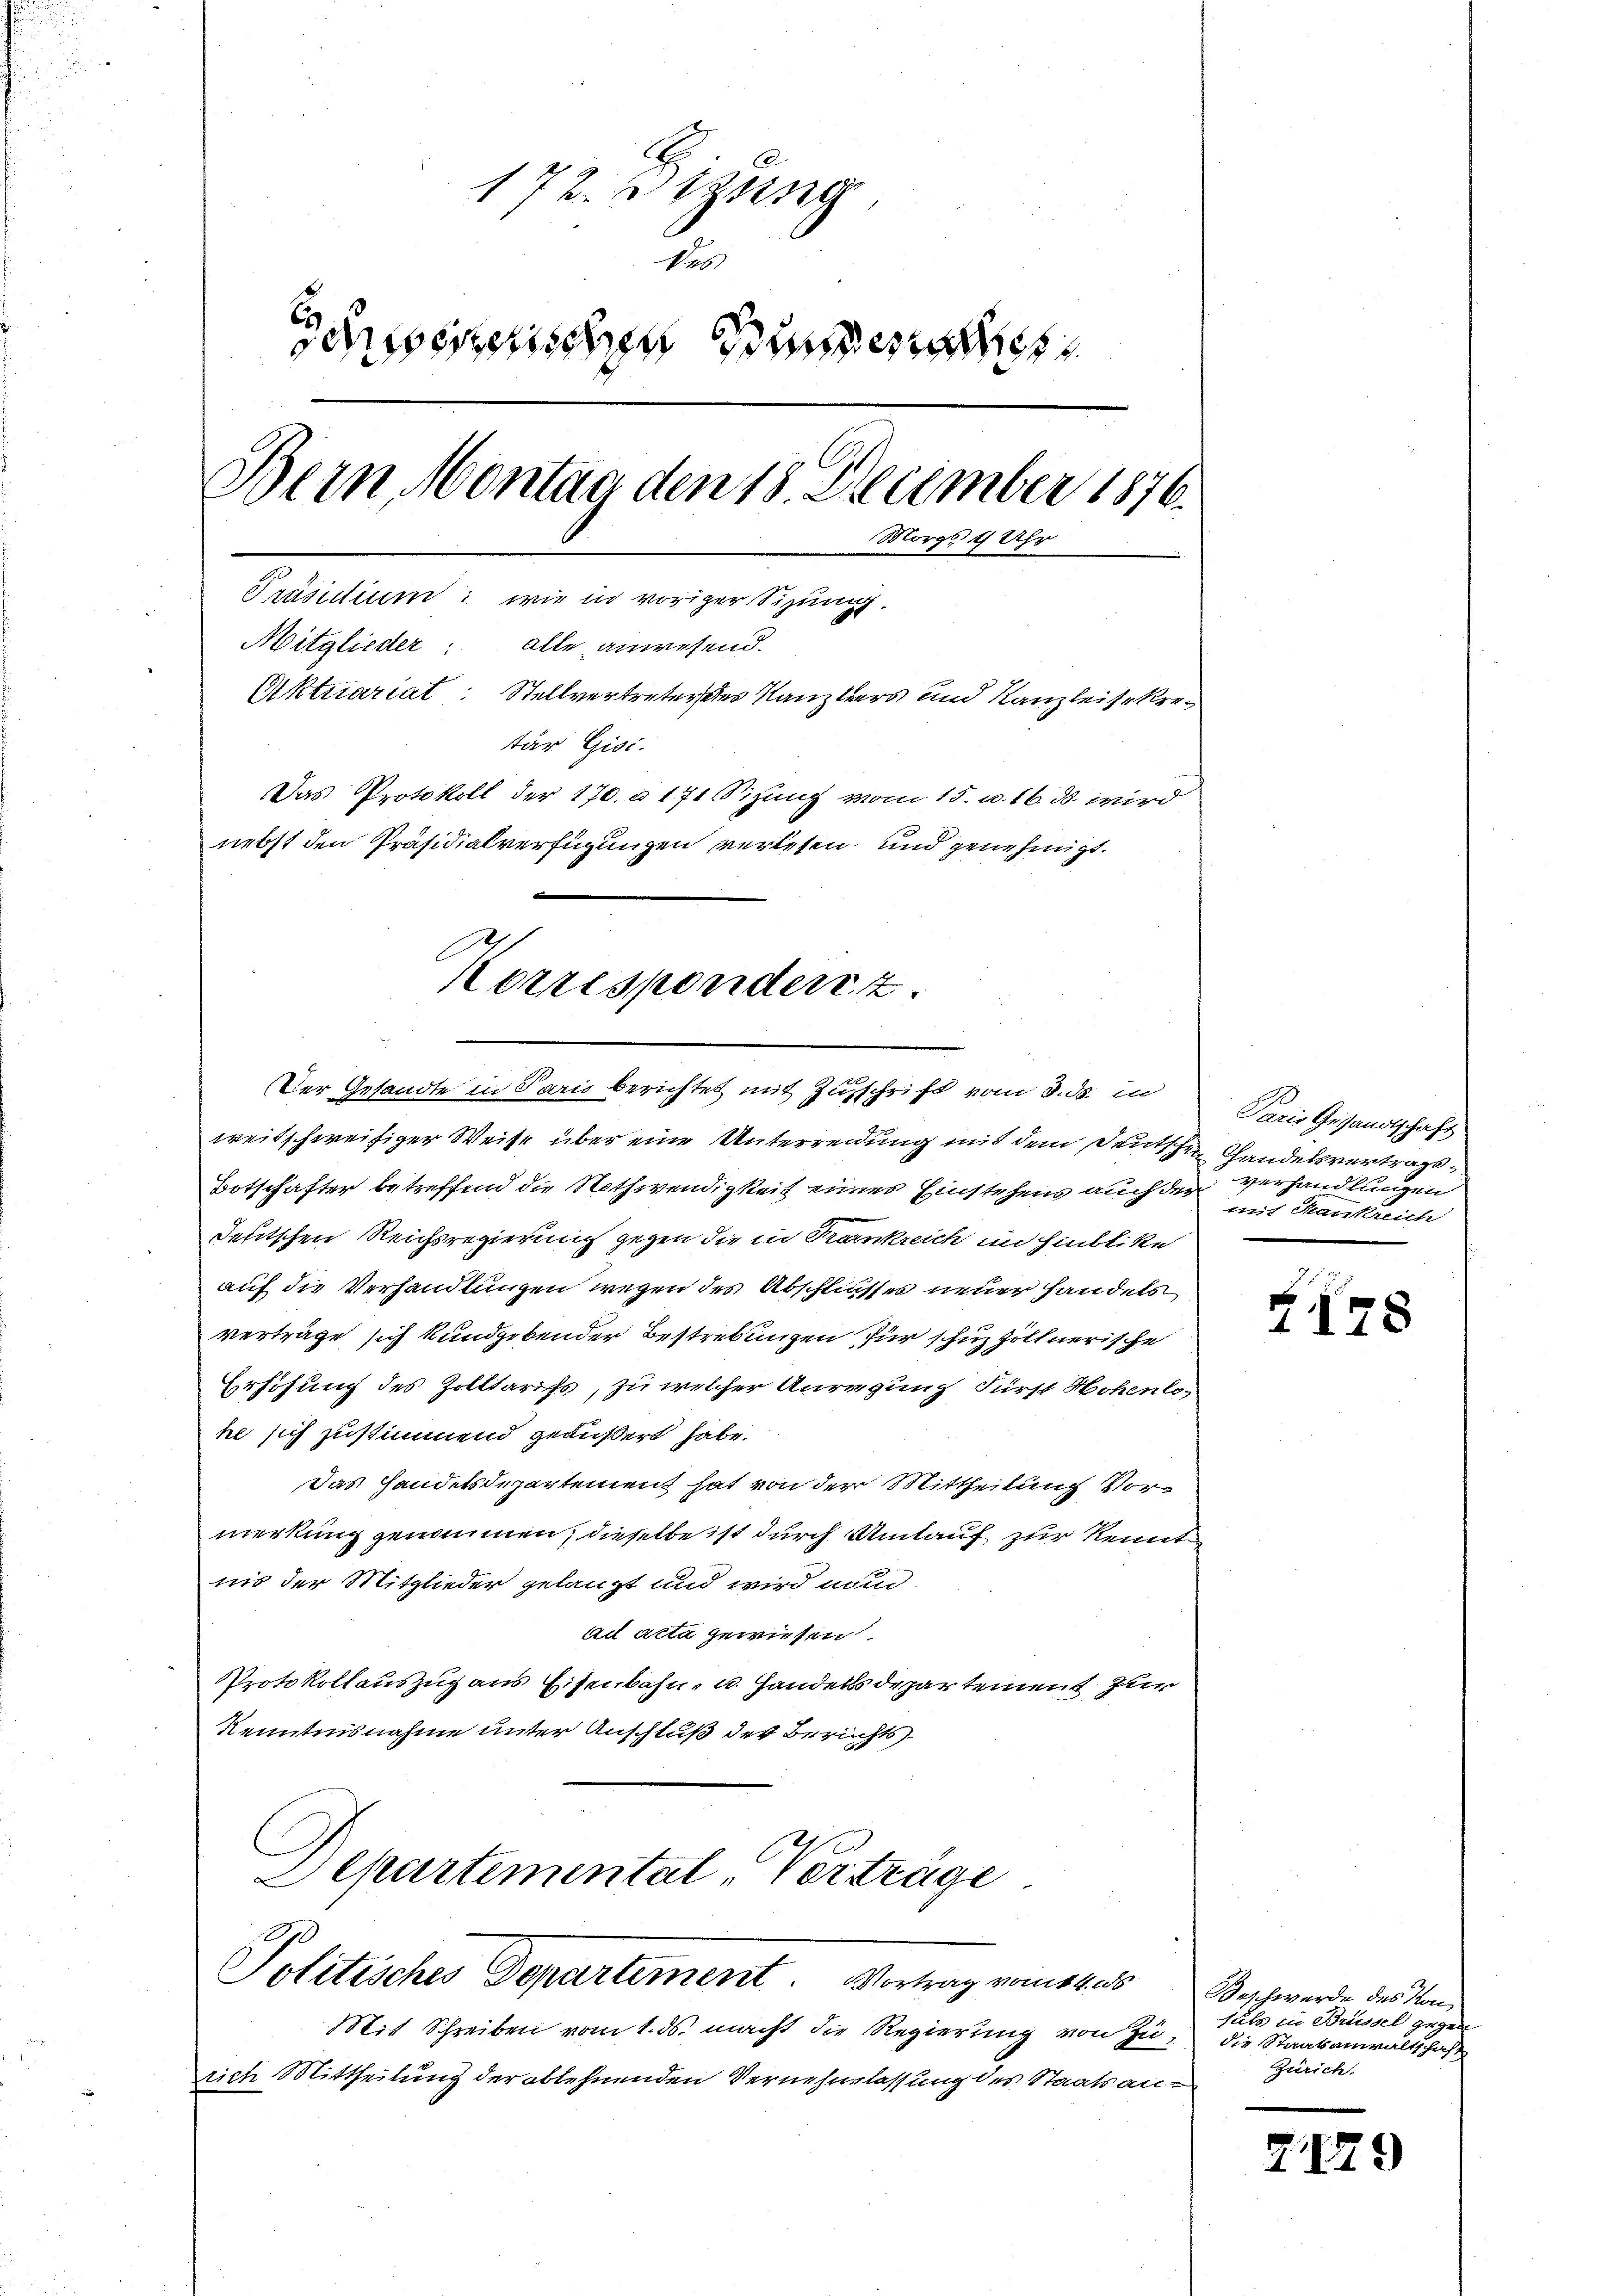
172. Dizung
des
snerischen Sinne
Bern Montag den 18. December 1876.
Morgs 9 Uhr
Präsidium: wie in voriger Sizung.
Mitglieder: alle anwesend.
Aktuariat: Stellvertreter des Kanzlers und Kanzleisekretar Gisi.
Das Protokoll der 170. u 171 Sizung vom 15. u. 16. ds wird
nebst den Präsidialverfügungen verlesen, und genehmigt.

weitschweifiger Weise über eine Unterreidung mit dem Deutschen Handelsvertrags
Botschafter betreffend die Nothwendigkeit eines Einstehens auch der Verhandlungen
deutschen Reichsregierung gegen die in Krankreich im Hinblike
auf die Verhandlungen wegen des Abschliesses neuer Handels
verträge sich kundgebender Bestrebungen für schuzzöllnerische
Erhöhung des Zolltarifs, zu welcher Anregung Fürst Hohenlehe sich zustimmend geäußert habe.
Das Handelsdepartement hat von der Mittheilung Vormerkung genommen, dieselbe ist durch Umtauf zur Kennt
nis der Mitglieder gelangt und wird nun
ad acta gewiesen
Protokollauszug aus Eisenbahn- u. Handels departement zur
Kenntnisnahme unter Anschluß der Berichts
Departemental Verträge

Korrespondert.
Der Gesandte in Paris berichtet mit Zuschrift vom 3. ds. in

Politisches Departement Vortrag rauszus

Mit Schreiben vom 1. ds. macht die Regierung von Zurich Mittheilung der ablehnenden Vernehmlassung des Staatsan¬

Paris Gesandtschaft
mit Hankreich

Z178

Beschwerde des Kon
suls in Brüssel gegen
die Staatsanwaltschaft
Zürich.

2129